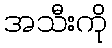
အသီးကို